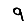
Digit: 9